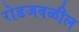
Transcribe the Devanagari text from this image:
रोडजवळील